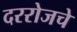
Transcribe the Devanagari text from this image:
दररोजचे